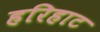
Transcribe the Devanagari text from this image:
हरिहाट